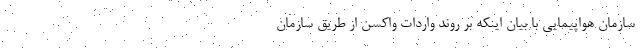
سازمان هواپیمایی با بیان اینکه بر روند واردات واکسن از طریق سازمان